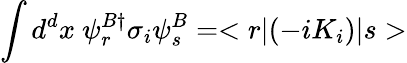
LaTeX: \int d^{d}x~\psi_{r}^{B\dagger}\sigma_{i}\psi_{s}^{B}=<r|(-iK_{i})|s>